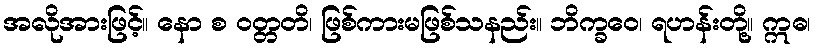
အလိုအားဖြင့်။ နော စ ဝတ္တတိ၊ ဖြစ်ကားမဖြစ်သနည်း။ ဘိက္ခဝေ၊ ရဟန်းတို့။ ဣဓ၊